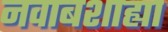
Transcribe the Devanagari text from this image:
नवाबशाह्या